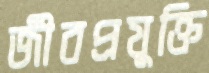
জীবপ্রযুক্তি